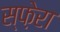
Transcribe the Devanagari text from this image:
स्फ़ेरा